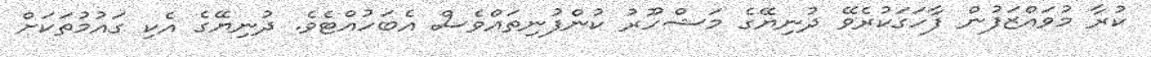
ކުރާ މުވައްޒަފުން ފާހަގަކުރެވޭ ދުނިޔޭގެ މަޝްހޫރު ކުންފުނިތައްވެސް އެބަހުއްޓެވެ. ދުނިޔޭގެ އެކި ގައުމުތަކަށް